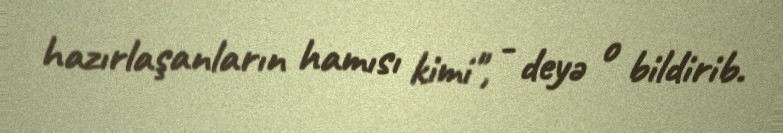
hazırlaşanların hamısı kimi", - deyə o bildirib.